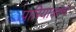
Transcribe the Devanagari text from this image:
पारियात्रश्च